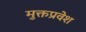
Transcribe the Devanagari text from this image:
मुक्तप्रवेश